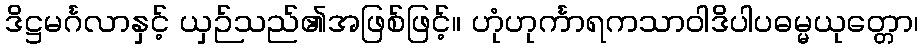
ဒိဋ္ဌမင်္ဂလာနှင့် ယှဉ်သည်၏အဖြစ်ဖြင့်။ ဟုံဟုင်္ကာရကသာဝါဒိပါပဓမ္မယုတ္တော၊